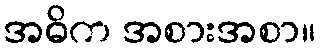
အဓိက အစားအစာ။